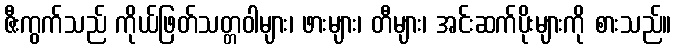
ဇီးကွက်သည် ကိုယ်ဖြတ်သတ္တဝါများ၊ ဖားများ၊ တီများ၊ အင်းဆက်ပိုးများကို စားသည်။